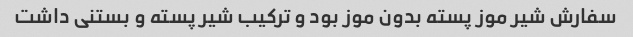
سفارش شیر موز پسته بدون موز بود و ترکیب شیر پسته و بستنی داشت